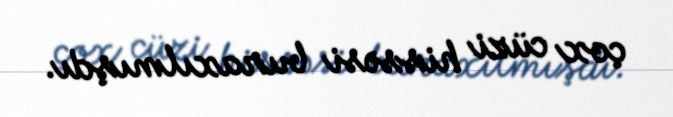
çox cüzi hissəsi buraxılmışdı.